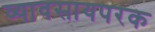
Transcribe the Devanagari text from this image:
व्यावसायपरक